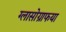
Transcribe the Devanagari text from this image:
ग्लासोग्राफया